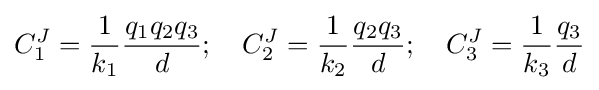
C_{1}^{J}={\frac {1}{k_{1}}}{\frac {q_{1}q_{2}q_{3}}{d}};\quad C_{2}^{J}={\frac {1}{k_{2}}}{\frac {q_{2}q_{3}}{d}};\quad C_{3}^{J}={\frac {1}{k_{3}}}{\frac {q_{3}}{d}}